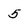
Character: 5